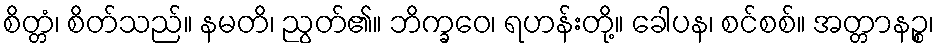
စိတ္တံ၊ စိတ်သည်။ နမတိ၊ ညွတ်၏။ ဘိက္ခဝေ၊ ရဟန်းတို့။ ခေါပန၊ စင်စစ်။ အတ္တာနဉ္စ၊